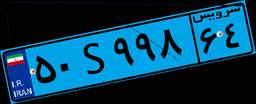
۵۰S۱۲۰۶۰